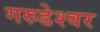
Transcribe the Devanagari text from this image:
गरुडेश्‍वर